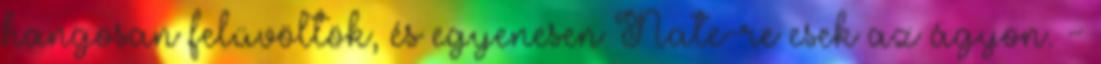
hangosan felüvöltök, és egyenesen Nate-re esek az ágyon. -